Eesti_Rahvusfond, lk 50
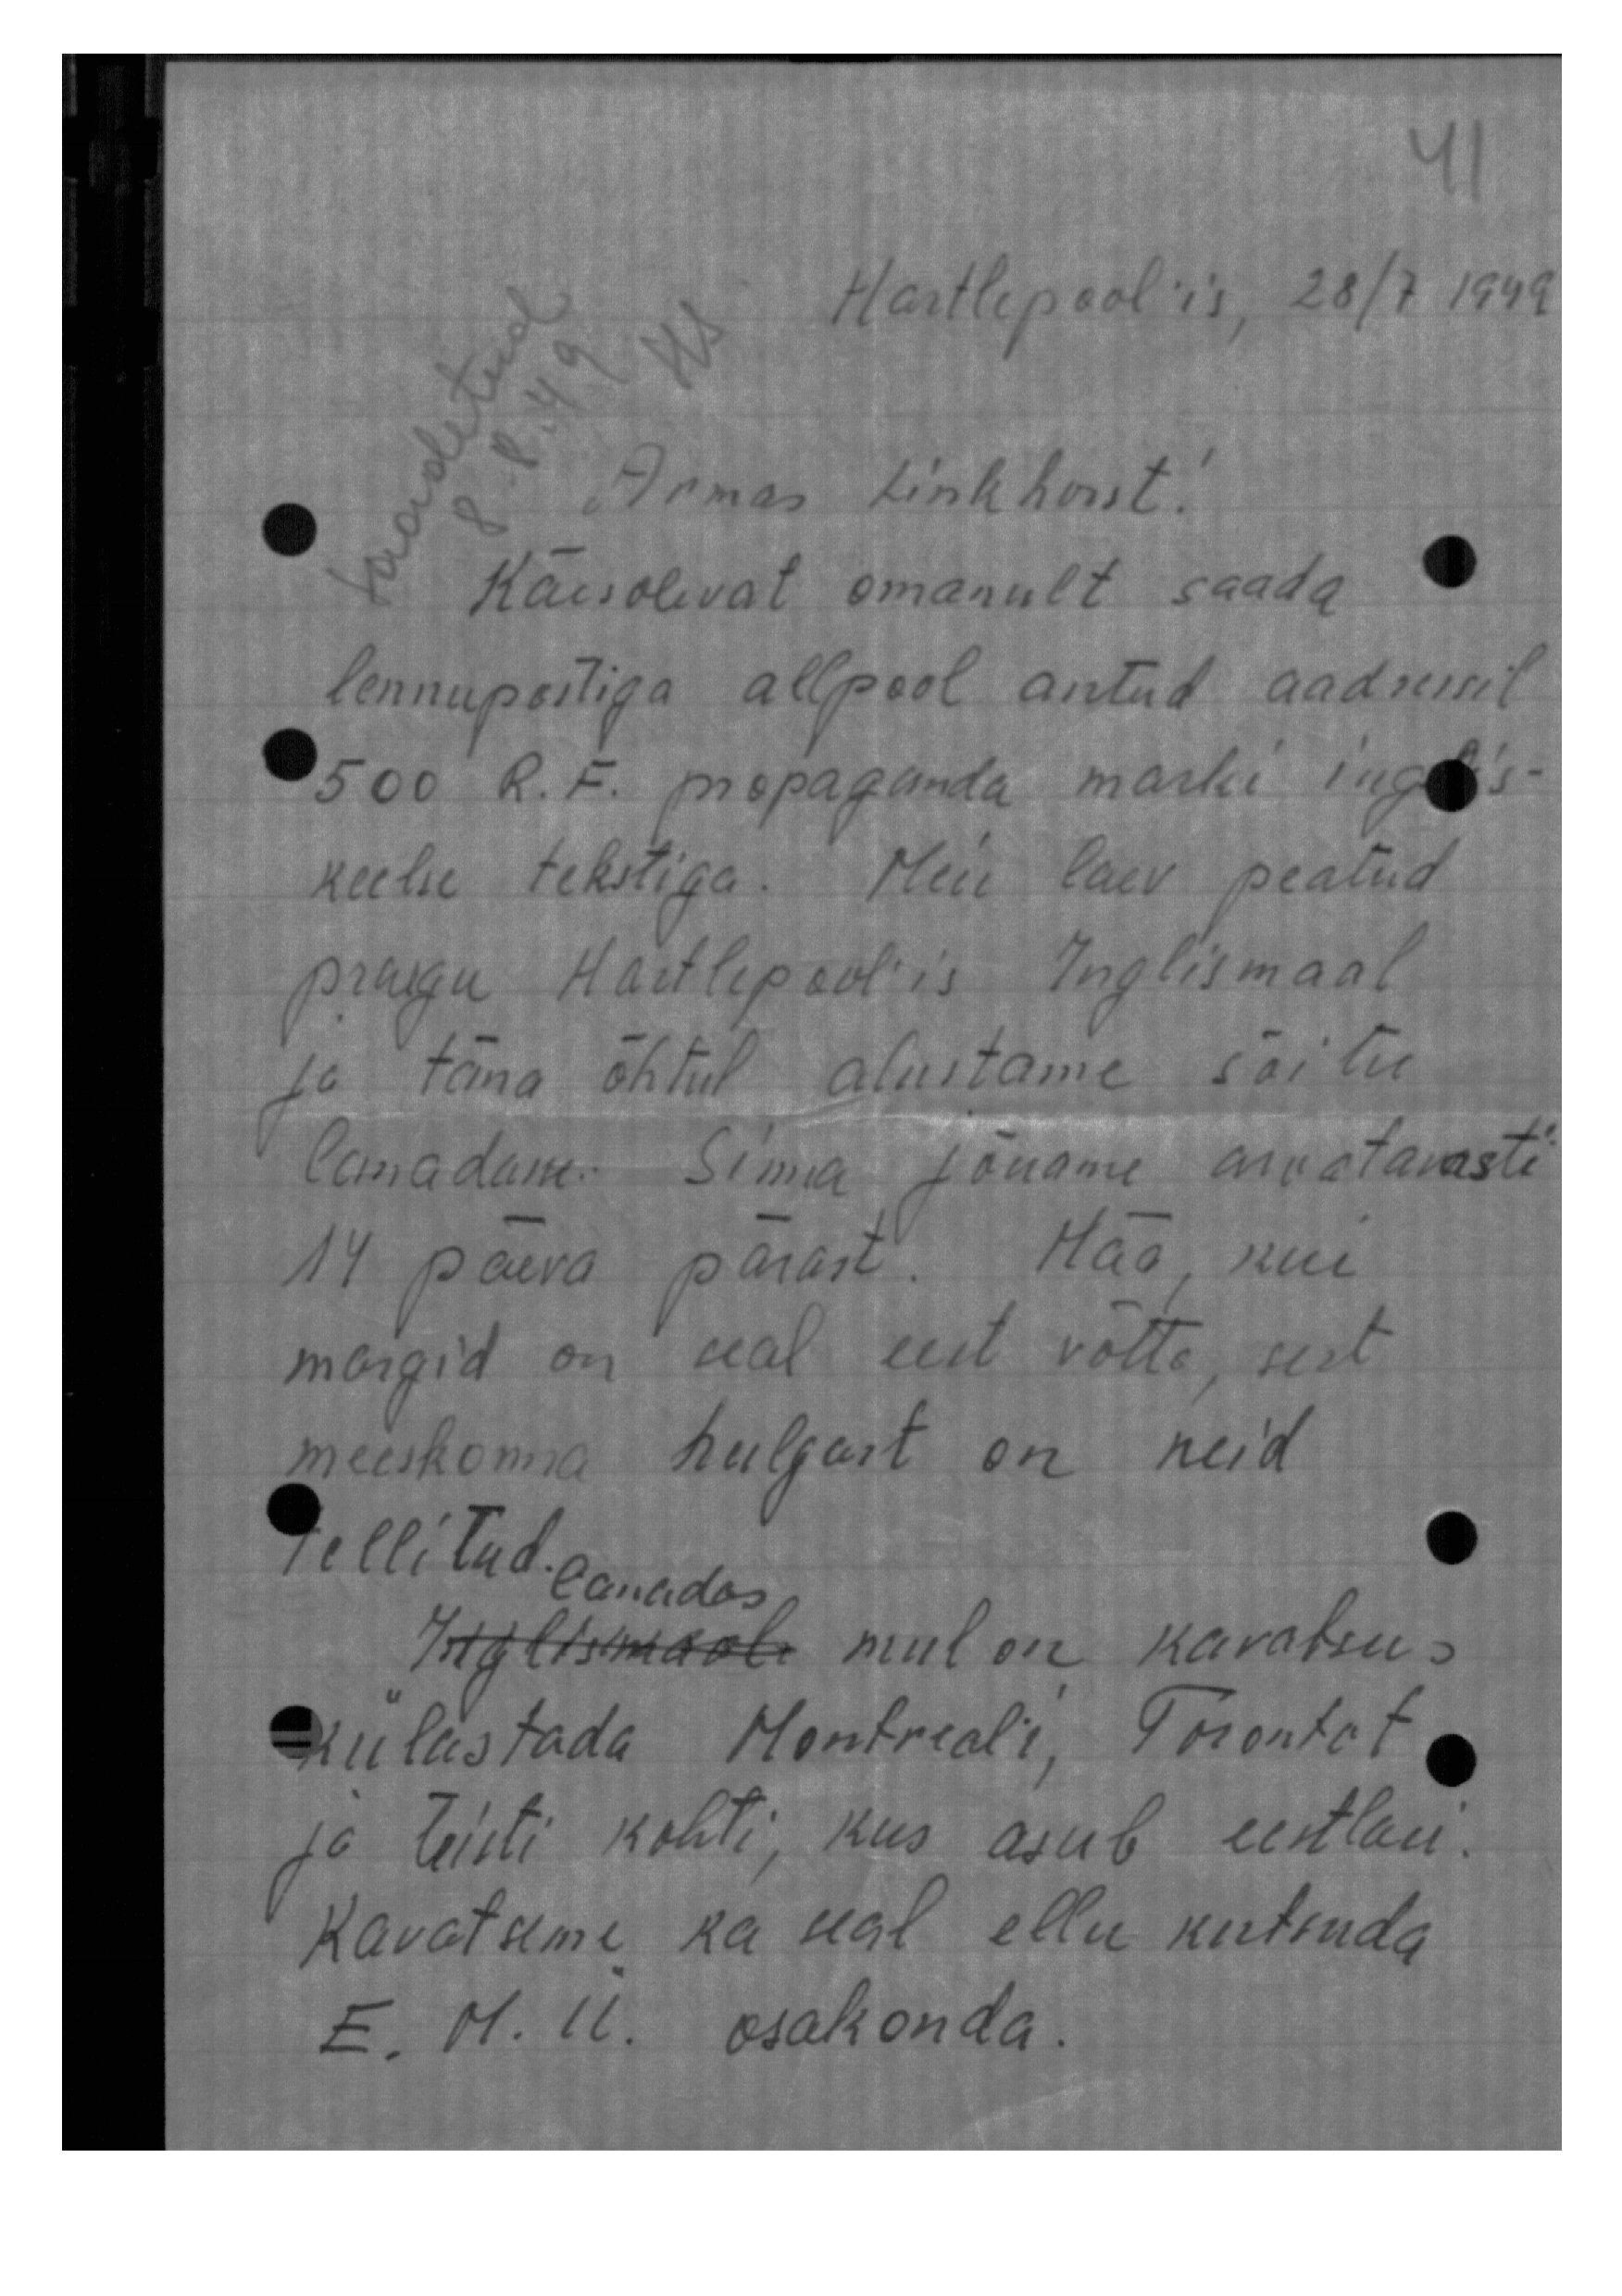
Hartlepoolis, 28/7 1949.
Saadetud
8.8.49
Armas Linkhorst.
Käesolevat omanult saada
lennupostiga allpool antud aadressil
500 R. F. propaganda marki inglis-
keelse tekstiga. Meie laev peatud
praegu Hartlepool'is Inglismaal
ja täna õhtul alustame sõitu
Canadasse Sinna jõuame arvatavasti
14 päeva pärast. Hää, kui
margid on seal eest võtta, sest
meeskonna hulgast on neid
Tellitud. Canadas
Inglismaale mul on kavatsu-
külastada Montreali, Torontot
ja teisti kohti, kus asub eestlasi.
Kavatsime ka seal ellu kutsuda
E. M. Ü osakonda.